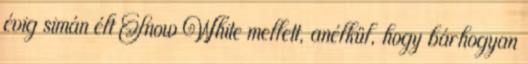
évig simán élt Snow White mellett, anélkül, hogy bárhogyan